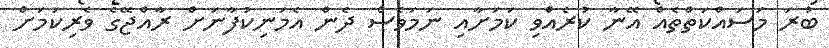
ބުރަ މަސައްކަތްތެއް އޭނާ ކުރެއްވި ކަމަށާއި ނަމަވެސް ދެން އެމަނިކުފާނަށް ރާއްޖޭގެ ވެރިކަމަށް